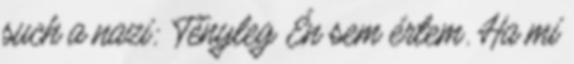
such a nazi: Tényleg Én sem értem. Ha mi